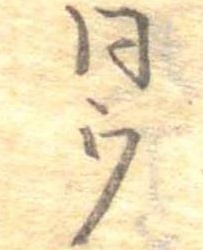
同ウ